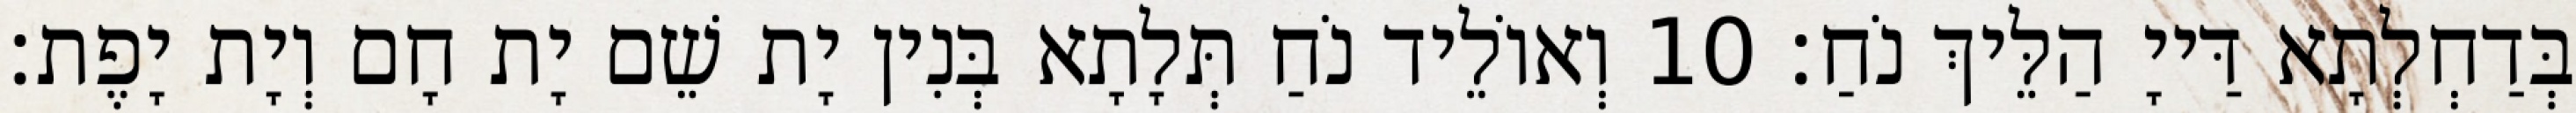
בְּדַחְלְתָא דַּייָ הַלֵּיךְ נֹחַ׃ 10 וְאוֹלֵיד נֹחַ תְּלָתָא בְּנִין יָת שֵׁם יָת חָם וְיָת יָפֶת׃